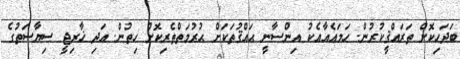
ބަދަހިކޮށް ތަރައްޤީކުރުން. ހަމައެއާއެކު އިންސާނީ ޙައްޤުތަކަށް ޙުރުމަތްތެރިކޮށް ހިތުން. އަދި ޚާރިޖީ ސިޔާސަތުގެ